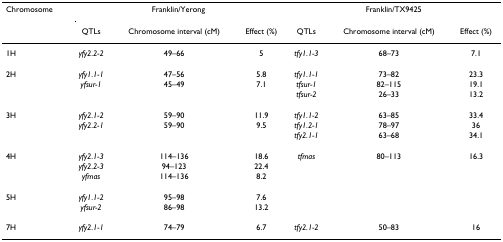
<table><thead><tr><td><b>Chromosome</b></td><td colspan="3"><b>Franklin/Yerong</b></td><td colspan="3"><b>Franklin/TX9425</b></td></tr><tr><td></td><td><b>QTLs</b></td><td><b>Chromosome interval (cM)</b></td><td><b>Effect (%)</b></td><td><b>QTLs</b></td><td><b>Chromosome interval (cM)</b></td><td><b>Effect (%)</b></td></tr></thead><tbody><tr><td>1H</td><td><i>yfy2.2-2</i></td><td>49–66</td><td>5</td><td><i>tfy1.1-3</i></td><td>68–73</td><td>7.1</td></tr><tr><td>2H</td><td><i>yfy1.1-1</i></td><td>47–56</td><td>5.8</td><td><i>tfy1.1-1</i></td><td>73–82</td><td>23.3</td></tr><tr><td></td><td><i>yfsur-1</i></td><td>45–49</td><td>7.1</td><td><i>tfsur-1</i></td><td>82–115</td><td>19.1</td></tr><tr><td></td><td></td><td></td><td></td><td><i>tfsur-2</i></td><td>26–33</td><td>13.2</td></tr><tr><td>3H</td><td><i>yfy2.1-2</i></td><td>59–90</td><td>11.9</td><td><i>tfy1.1-2</i></td><td>63–85</td><td>33.4</td></tr><tr><td></td><td><i>yfy2.2-1</i></td><td>59–90</td><td>9.5</td><td><i>tfy1.2-1</i></td><td>78–97</td><td>36</td></tr><tr><td></td><td></td><td></td><td></td><td><i>tfy2.1-1</i></td><td>63–68</td><td>34.1</td></tr><tr><td>4H</td><td><i>yfy2.1-3</i></td><td>114–136</td><td>18.6</td><td><i>tfmas</i></td><td>80–113</td><td>16.3</td></tr><tr><td></td><td><i>yfy2.2-3</i></td><td>94–123</td><td>22.4</td><td></td><td></td><td></td></tr><tr><td></td><td><i>yfmas</i></td><td>114–136</td><td>8.2</td><td></td><td></td><td></td></tr><tr><td>5H</td><td><i>yfy1.1-2</i></td><td>95–98</td><td>7.6</td><td></td><td></td><td></td></tr><tr><td></td><td><i>yfsur-2</i></td><td>86–98</td><td>13.2</td><td></td><td></td><td></td></tr><tr><td>7H</td><td><i>yfy2.1-1</i></td><td>74–79</td><td>6.7</td><td><i>tfy2.1-2</i></td><td>50–83</td><td>16</td></tr></tbody></table>